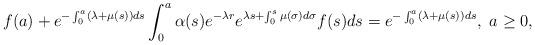
LaTeX: \begin{align*} f(a)+e^{-\int_0^a(\lambda+\mu(s))ds}\int_0^a\alpha(s)e^{-\lambda r}e^{\lambda s+\int_0^s\mu(\sigma)d\sigma}f(s)ds=e^{-\int_0^a(\lambda+\mu(s))ds}, \ a\geq 0,\end{align*}